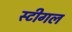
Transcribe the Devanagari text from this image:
स्टीगल